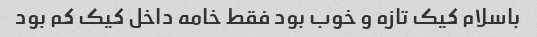
باسلام کیک تازه و خوب بود فقط خامه داخل کیک کم بود